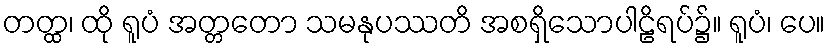
တတ္ထ၊ ထို ရူပံ အတ္တတော သမနုပဿတိ အစရှိသောပါဠိရပ်၌။ ရူပံ၊ ပေ။